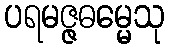
ပရမဇ္ဇဓမ္မေသု